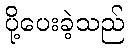
ပို့ပေးခဲ့သည်